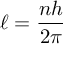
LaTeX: \ell = { \frac { n h } { 2 \pi } }